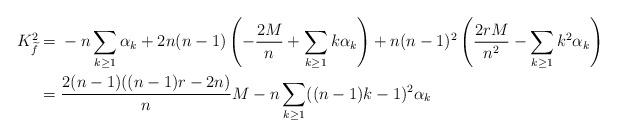
LaTeX: \begin{align*}K_{\widetilde{f}}^2=&\; -n\sum_{k\ge 1}\alpha_k+2n(n-1)\left(-\frac{2M}{n}+\sum_{k\ge 1}k\alpha_k\right)+n(n-1)^2\left(\frac{2rM}{n^2}-\sum_{k\ge 1}k^2\alpha_k\right)\\=&\;\frac{2(n-1)((n-1)r-2n)}{n}M-n\sum_{k\ge 1}((n-1)k-1)^2\alpha_k\end{align*}